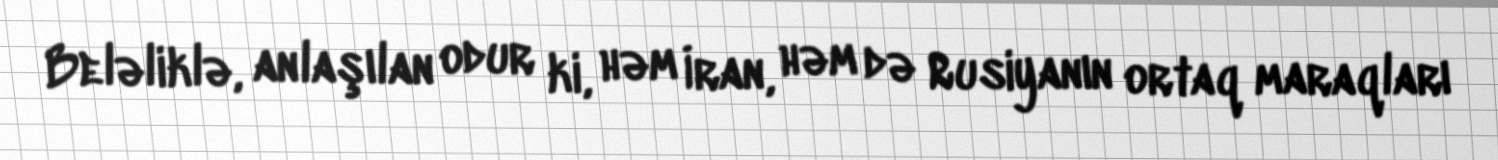
Beləliklə, anlaşılan odur ki, həm İran, həm də Rusiyanın ortaq maraqları